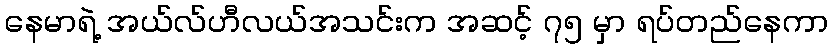
နေမာရဲ့ အယ်လ်ဟီလယ်အသင်းက အဆင့် ၇၅ မှာ ရပ်တည်နေကာ